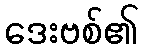
ဒေးဗစ်၏